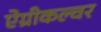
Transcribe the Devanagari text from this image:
ऐग्रीकल्चर